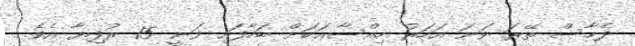
ދެހާސް ތޭރަ ވަނަ އަހަރު ހިއްސާއަކަށް ބަހާފައި ވަނީ 15 ރުފިޔާ އެވެ.